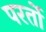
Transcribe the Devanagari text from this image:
परर्तो